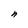
Character: n